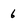
Character: 6